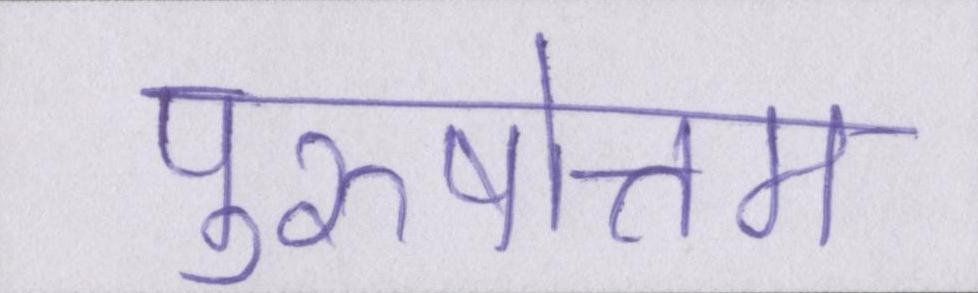
पुरुषोत्तम